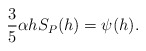
\begin{align*} \begin{aligned}\frac{3}{5}\alpha hS_P(h)&=\psi(h). \end{aligned} \end{align*}